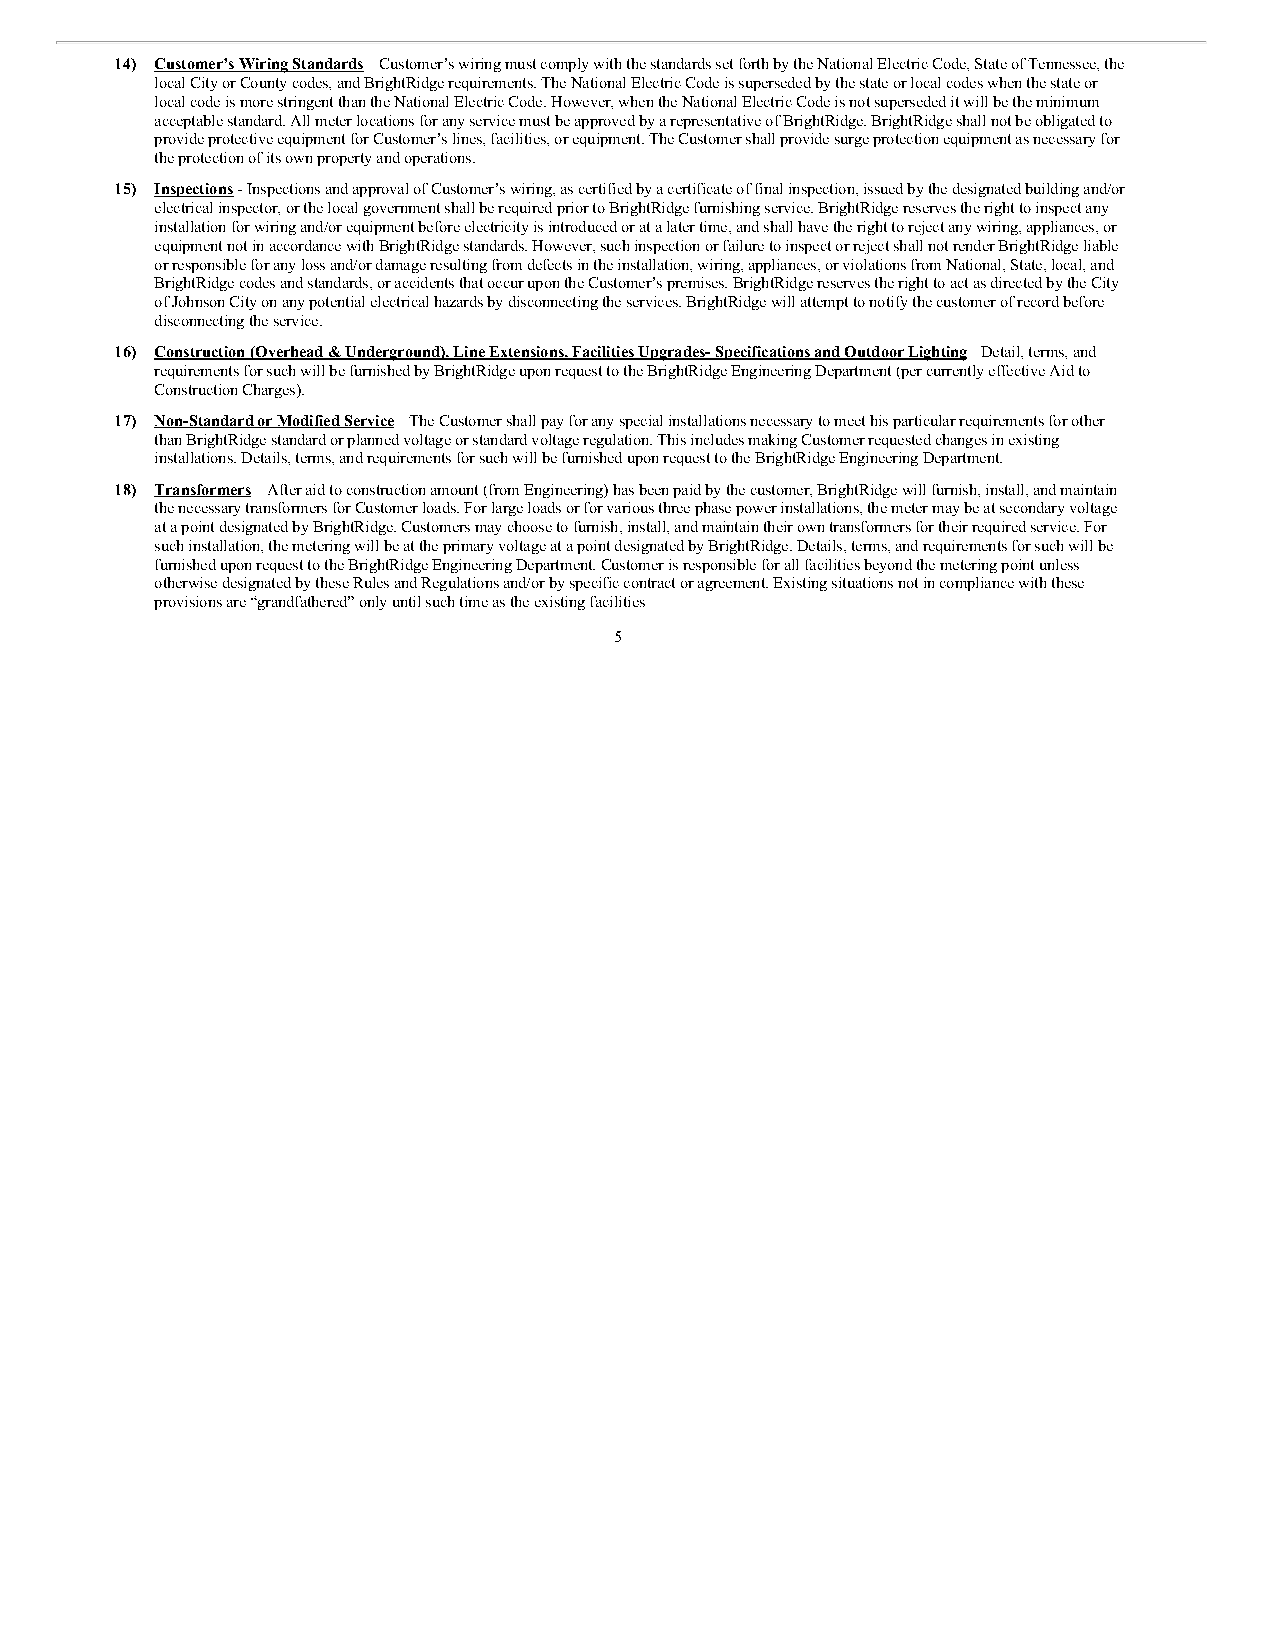
14) Customer’s Wiring Standards – Customer’s wiring must comply with the standards set forth by the National Electric Code, State of Tennessee, the
 local City or County codes, and BrightRidge requirements. The National Electric Code is superseded by the state or local codes when the state or
 local code is more stringent than the National Electric Code. However, when the National Electric Code is not superseded it will be the minimum
 acceptable standard. All meter locations for any service must be approved by a representative of BrightRidge. BrightRidge shall not be obligated to
 provide protective equipment for Customer’s lines, facilities, or equipment. The Customer shall provide surge protection equipment as necessary for
 the protection of its own property and operations.
 15) Inspections - Inspections and approval of Customer’s wiring, as certified by a certificate of final inspection, issued by the designated building and/or
 electrical inspector, or the local government shall be required prior to BrightRidge furnishing service. BrightRidge reserves the right to inspect any
 installation for wiring and/or equipment before electricity is introduced or at a later time, and shall have the right to reject any wiring, appliances, or
 equipment not in accordance with BrightRidge standards. However, such inspection or failure to inspect or reject shall not render BrightRidge liable
 or responsible for any loss and/or damage resulting from defects in the installation, wiring, appliances, or violations from National, State, local, and
 BrightRidge codes and standards, or accidents that occur upon the Customer’s premises. BrightRidge reserves the right to act as directed by the City
 of Johnson City on any potential electrical hazards by disconnecting the services. BrightRidge will attempt to notify the customer of record before
 disconnecting the service.
 16) Construction (Overhead & Underground), Line Extensions, Facilities Upgrades- Specifications and Outdoor Lighting – Detail, terms, and
 requirements for such will be furnished by BrightRidge upon request to the BrightRidge Engineering Department (per currently effective Aid to
 Construction Charges).
 17) Non-Standard or Modified Service – The Customer shall pay for any special installations necessary to meet his particular requirements for other
 than BrightRidge standard or planned voltage or standard voltage regulation. This includes making Customer requested changes in existing
 installations. Details, terms, and requirements for such will be furnished upon request to the BrightRidge Engineering Department.
 18) Transformers – After aid to construction amount (from Engineering) has been paid by the customer, BrightRidge will furnish, install, and maintain
 the necessary transformers for Customer loads. For large loads or for various three phase power installations, the meter may be at secondary voltage
 at a point designated by BrightRidge. Customers may choose to furnish, install, and maintain their own transformers for their required service. For
 such installation, the metering will be at the primary voltage at a point designated by BrightRidge. Details, terms, and requirements for such will be
 furnished upon request to the BrightRidge Engineering Department. Customer is responsible for all facilities beyond the metering point unless
 otherwise designated by these Rules and Regulations and/or by specific contract or agreement. Existing situations not in compliance with these
 provisions are “grandfathered” only until such time as the existing facilities
 5